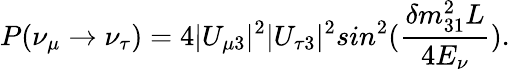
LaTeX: P(\nu_{\mu}\rightarrow\nu_{\tau})=4|U_{\mu 3}|^{2}|U_{\tau 3}|^{2}sin^{2}(\frac{\delta m_{31}^{2}L}{4E_{\nu}}).